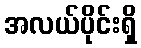
အလယ်ပိုင်းရှိ